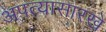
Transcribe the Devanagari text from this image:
अपत्यासारखे